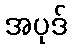
အပုဒ်